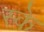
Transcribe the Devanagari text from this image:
स्के